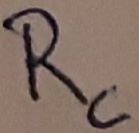
Text: Rc